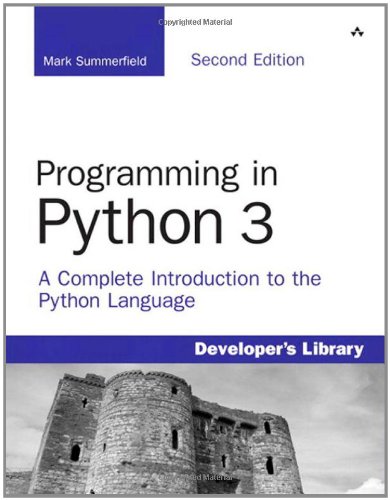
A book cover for Programming in Python 3: A Complete Introduction to the Python Language (2nd Edition); Mark Summerfield; Computers & Technology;